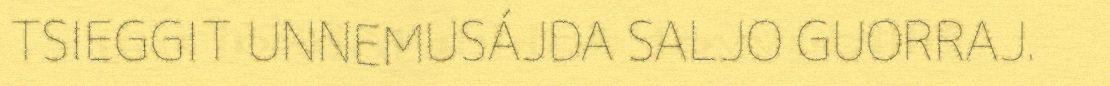
TSIEGGIT UNNEMUSÁJDA SALJO GUORRAJ.